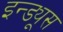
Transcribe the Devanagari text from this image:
इन्ड्यूस